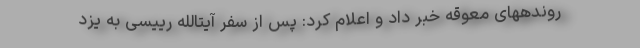
روندههای معوقه خبر داد و اعلام کرد: پس از سفر آیتالله رییسی به یزد